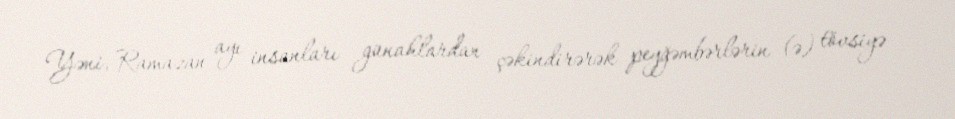
Yəni, Ramazan ayı insanları günahlardan çəkindirərək peyğəmbərlərin (ə) tövsiyə